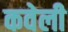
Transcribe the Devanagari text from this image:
कवेली